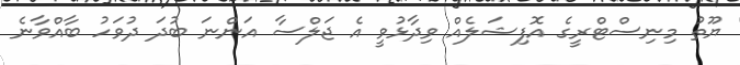
ޔޫތު މިނިސްޓްރީގެ އޮފިޝަލެއް ވިދާޅުވީ އެ ޖަލްސާ އަންނަ ބުދަ ދުވަހު ބާއްވާނެ